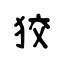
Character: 狡